Lunatic asylums in Bengal annual reports 1888-1898 - 1888-1898
Year: 1888
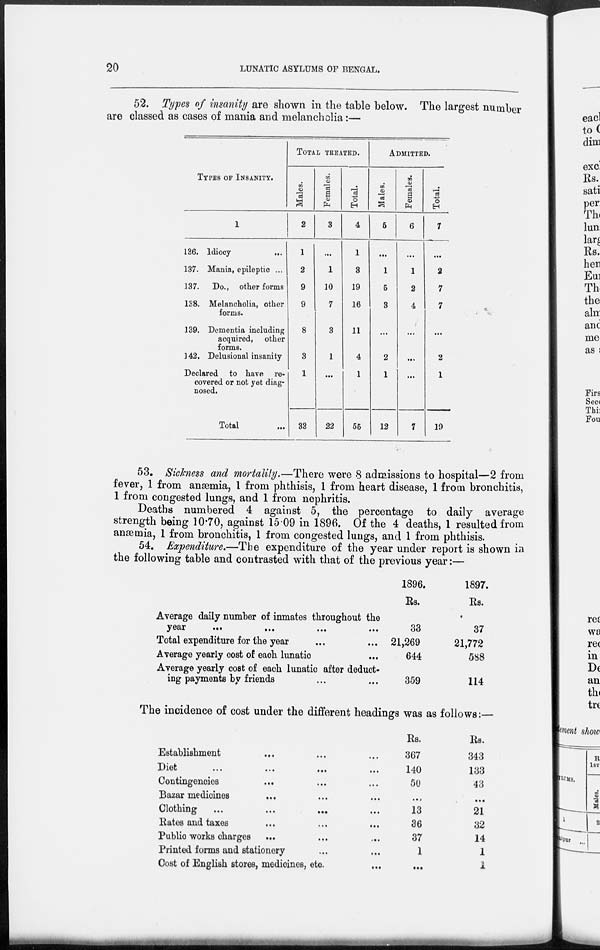
20
LUNATIC ASYLUMS OF BENGAL.
52. Types of insanity are shown in the table below. The largest number
are classed as cases of mania and melancholia:—
TYPES OF INSANITY.
1
136. Idiocy ...
137. Mania, epileptic ...
137. Do., other forms
138. Melancholia, other
forms.
139. Dementia including
acquired, other
forms.
142. Delusional insanity
Declared to have re-
covered or not yet diag-
nosed.
Total ...
TOTAL TREATED.
Males.
2
1
2
9
9
8
3
1
33
Females.
3
...
1
10
7
3
1
...
22
Total.
4
1
3
19
16
11
4
1
55
ADMITTED.
Males.
5
...
1
5
3
...
2
1
12
Females.
6
...
1
2
4
...
...
...
7
Total.
7
...
2
7
7
...
2
1
19
53. Sickness and mortality.—There were 8 admissions to hospital—2 from
fever, 1 from anæmia, 1 from phthisis, 1 from heart disease, 1 from bronchitis,
1 from congested lungs, and 1 from nephritis.
Deaths numbered 4 against 5, the percentage to daily average
strength being 10.70, against 15.09 in 1896. Of the 4 deaths, 1 resulted from
anæmia, 1 from bronchitis, 1 from congested lungs, and 1 from phthisis.
54. Expenditure.—The expenditure of the year under report is shown in
the following table and contrasted with that of the previous year:—
Average daily number of inmates throughout the
year ... ... ... ... ... ... ... ...
Total expenditure for the year ... ...
Average yearly cost of each lunatic ... ...
Average yearly cost of each lunatic after deduct-
ing payments by friends ... ...
1896.
Rs.
33
21,269
644
359
1897.
Rs.
37
21,772
588
114
The incidence of cost under the different headings was as follows:—
Establishment ... ... ...
Diet ... ... ...
Contingencies... ... ...
Bazar medicines... ... ...
Clothing
...
...
...
Rates and taxes... ... ...
Public works charges... ... ...
Printed forms and stationery ... ...
Cost of English stores, medicines, etc.
Rs.
367
140
50
...
13
36
37
1
...
Rs.
343
133
43
...
21
32
14
1
1